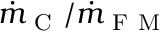
\dot { m } _ { \mathrm { ~ C ~ } } / \dot { m } _ { \mathrm { ~ F ~ M ~ } }